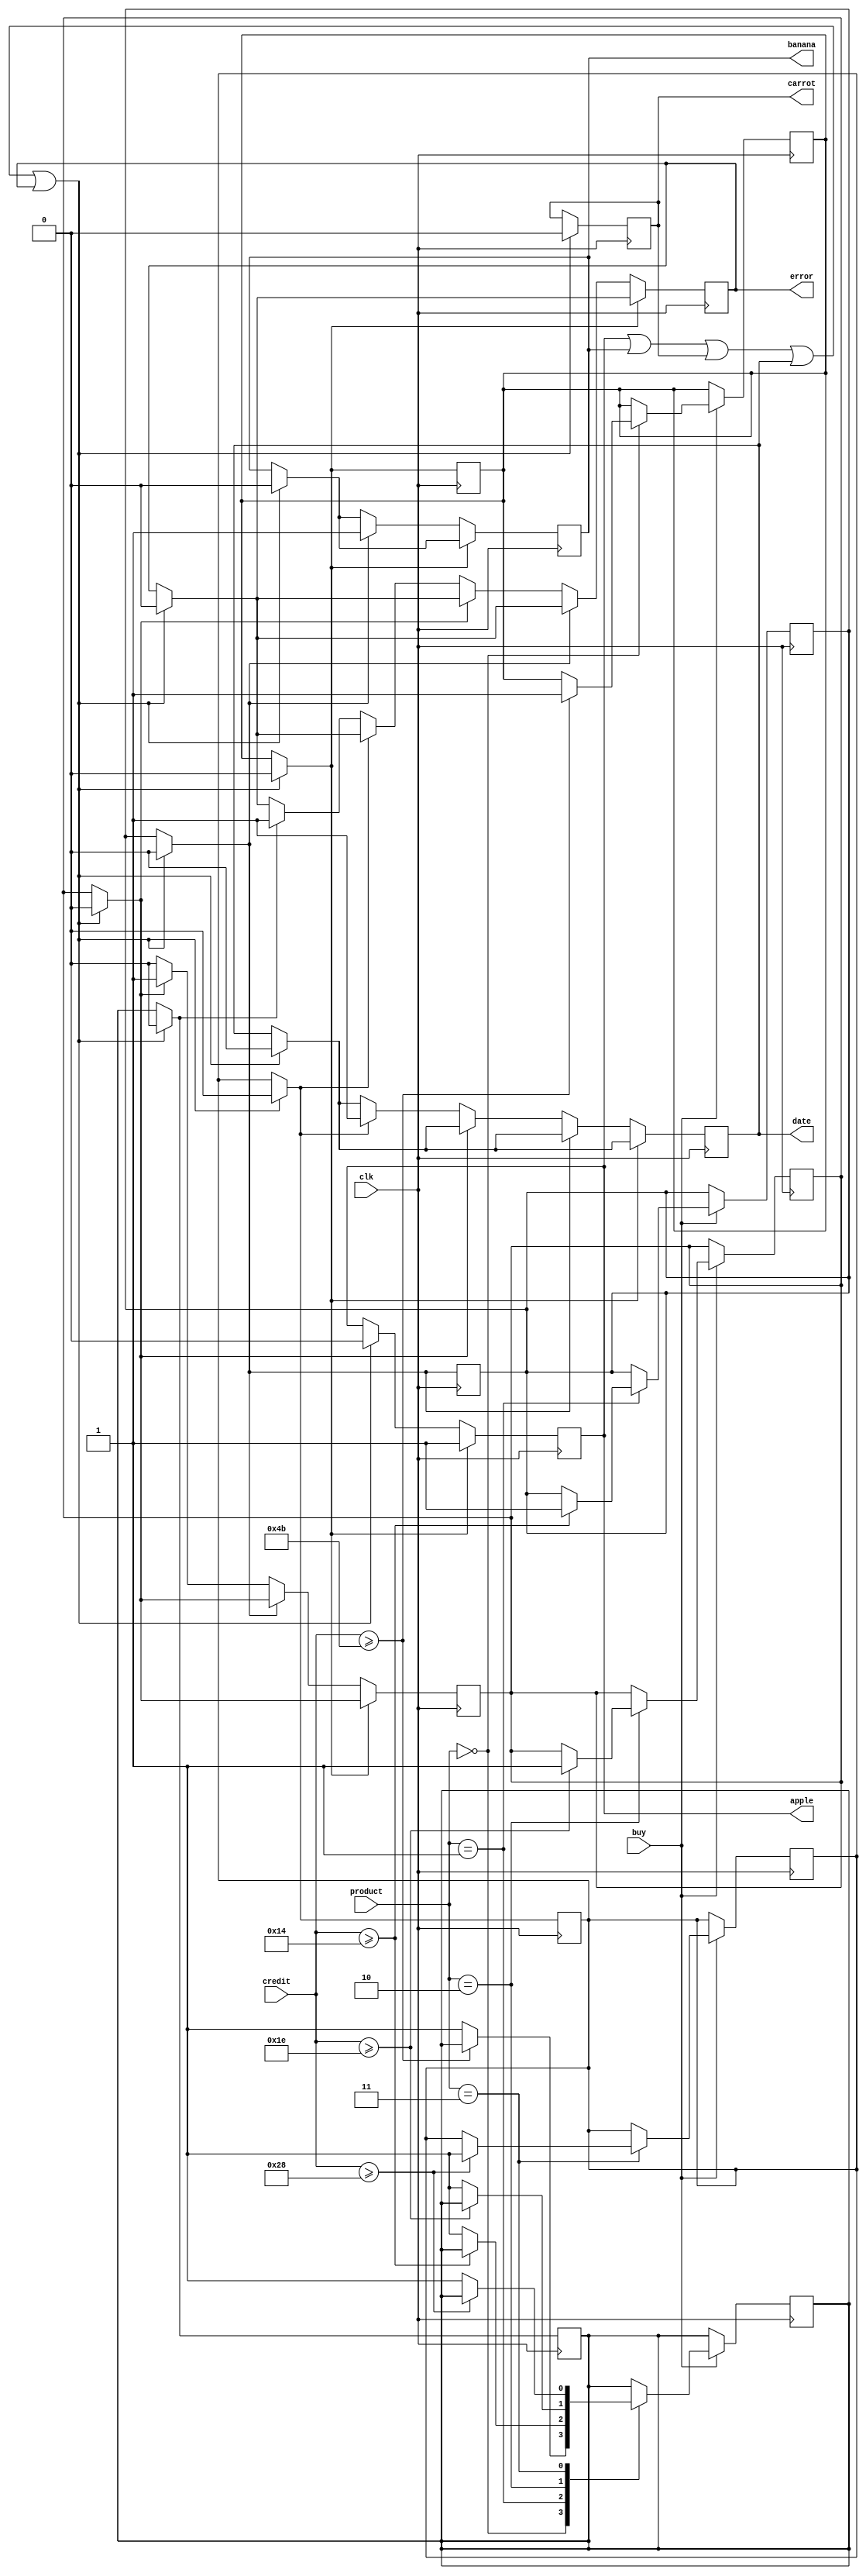
/*
*   Purchase Manager
*   Inputs buy signal, 2-bit product code, and credit
*   Checks if user has enough credit. Output signal for 1 clk cyc to piggyBank
*/
module purchaseMngr(clk,buy,product,credit, apple, banana, carrot, date, error);

	input clk, buy;
	input [1:0] product;
	input [7:0] credit;
	output 	apple, banana, carrot, date, error;
	reg	apple, banana, carrot, date, error;

	reg	apple1, banana1, carrot1, date1, error1;        //Inner regs

	//Read inputs on negedge
	always @ (negedge clk) begin

		if (buy) begin
			case( product )
			2'b00: //Apple
				if (credit >= 7'b1001011) begin	apple1 <= 1; end
				else begin error1 <= 1; end
			2'b01: //Banana
				if (credit >= 5'b10100) begin banana1 <= 1; end
				else begin error1 <= 1; end
			2'b10: //Carrot
				if (credit >= 5'b11110) begin	carrot1 <= 1; end
				else begin error1 <= 1; end
			2'b11: //Date
				if (credit >= 6'b101000) begin date1 <= 1; end
				else begin	error1 <= 1; end
			endcase
		end
	end

	//Assign outputs on posedge
	always @ (posedge clk) begin
	
		//Reset values to 0 at next clkedge
		if (apple || banana || carrot || date || error) begin
			apple = 0; apple1 = 0;
			banana = 0; banana1 = 0;
			carrot = 0; carrot1 = 0;
			date = 0; date1 = 0;
			error	= 0; error1	= 0;
		end
    
    //Set outputs
		if 	(apple1) begin apple = 1; end
		else if (banana1) begin banana = 1; end
		else if (carrot1) begin carrot1 = 1; end
		else if (date1) begin date = 1; end
		else if (error1) begin error = 1; end
	end

endmodule